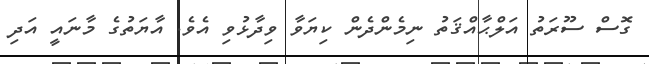
ގޮސް ސޫރަތު އަލްޙާއްޤަތު ނިމެންދެން ކިޔަވާ ވިދާޅުވި އެވެ. އާޔަތުގެ މާނައީ އަދި